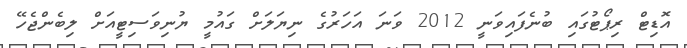
އޮޑިޓް ރިޕޯޓުގައި ބުނެފައިވަނީ 2012 ވަނަ އަހަރުގެ ނިޔަލަށް ގައުމީ ޔުނިވަސިޓީއަށް ލިބެންޖެހޭ